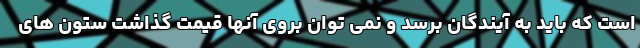
است که باید به آیندگان برسد و نمی توان بروی آنها قیمت گذاشت ستون های